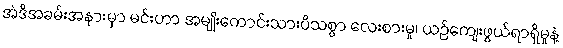
အဲဒီအခမ်းအနားမှာ မင်းဟာ အမျိုးကောင်းသားပီသစွာ လေးစားမှု၊ ယဉ်ကျေးဖွယ်ရာရှိမှုနဲ့